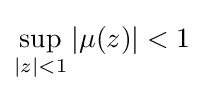
\sup _{|z|<1}|\mu (z)|<1